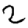
Digit: 2